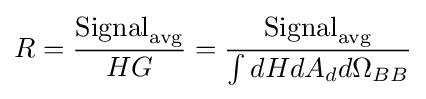
R={\frac {{\text{Signal}}_{\text{avg}}}{HG}}={\frac {{\text{Signal}}_{\text{avg}}}{\int dHdA_{d}d\Omega _{BB}}}